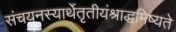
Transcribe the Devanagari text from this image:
संचयनस्यार्थेतृतीयंश्राद्धमिष्यते